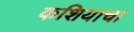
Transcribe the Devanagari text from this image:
कशियाचा